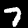
Digit: 7